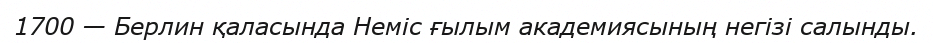
1700 — Берлин қаласында Неміс ғылым академиясының негізі салынды.